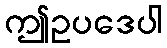
ဤဥပဒေပါ